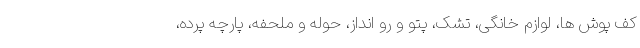
کف پوش ها، لوازم خانگی، تشک، پتو و رو انداز، حوله و ملحفه، پارچه پرده،